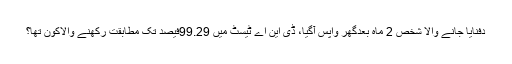
دفنایا جانے والا شخص 2 ماہ بعدگھر واپس آگیا، ڈی این اے ٹیسٹ میں 99.29فیصد تک مطابقت رکھنے والاکون تھا؟